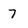
Character: 7